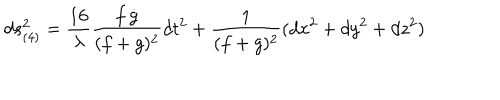
d s _ { ( 4 ) } ^ { 2 } = \frac { 1 6 } { \lambda } \frac { \dot { f } \dot { g } } { ( f + g ) ^ { 2 } } d t ^ { 2 } + \frac { 1 } { ( f + g ) ^ { 2 } } ( d x ^ { 2 } + d y ^ { 2 } + d z ^ { 2 } )